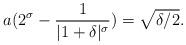
LaTeX: \begin{align*}a(2^\sigma-\frac{1}{|1+\delta|^\sigma})=\sqrt{\delta/2}.\end{align*}